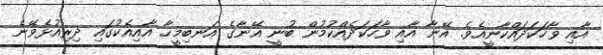
އާއި ވާހަކަދައްކާނީއެވެ. އޭނާ އާއި ޥާހަކަދެއްކުމުން ބުނީ އޭނާގެ އަނބިމީހާ އާއިއެކުގައި ދިރިއުޅެވޭނެ